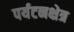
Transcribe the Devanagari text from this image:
पर्यटनक्षेत्र